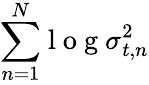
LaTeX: {\sum_{n=1}^{N}}\mathrm{~l~o~g~}\sigma_{t,n}^{2}